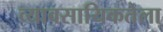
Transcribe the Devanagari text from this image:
व्यावसायिकतेला